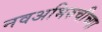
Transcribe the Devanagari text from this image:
नवअभिरुचीच्या